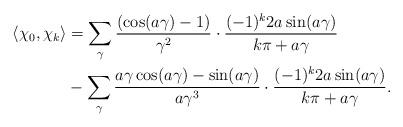
LaTeX: \begin{align*} \aligned \langle \chi_0, \chi_k \rangle& = \sum_\gamma \frac{(\cos(a\gamma)-1)}{\gamma^2} \cdot \frac{(-1)^k2a\sin(a\gamma)}{k\pi+a\gamma} \\& - \sum_\gamma \frac{a\gamma\cos(a\gamma)-\sin(a\gamma)}{a \gamma^3} \cdot \frac{(-1)^k2a\sin(a\gamma)}{k\pi+a\gamma} .\endaligned \end{align*}